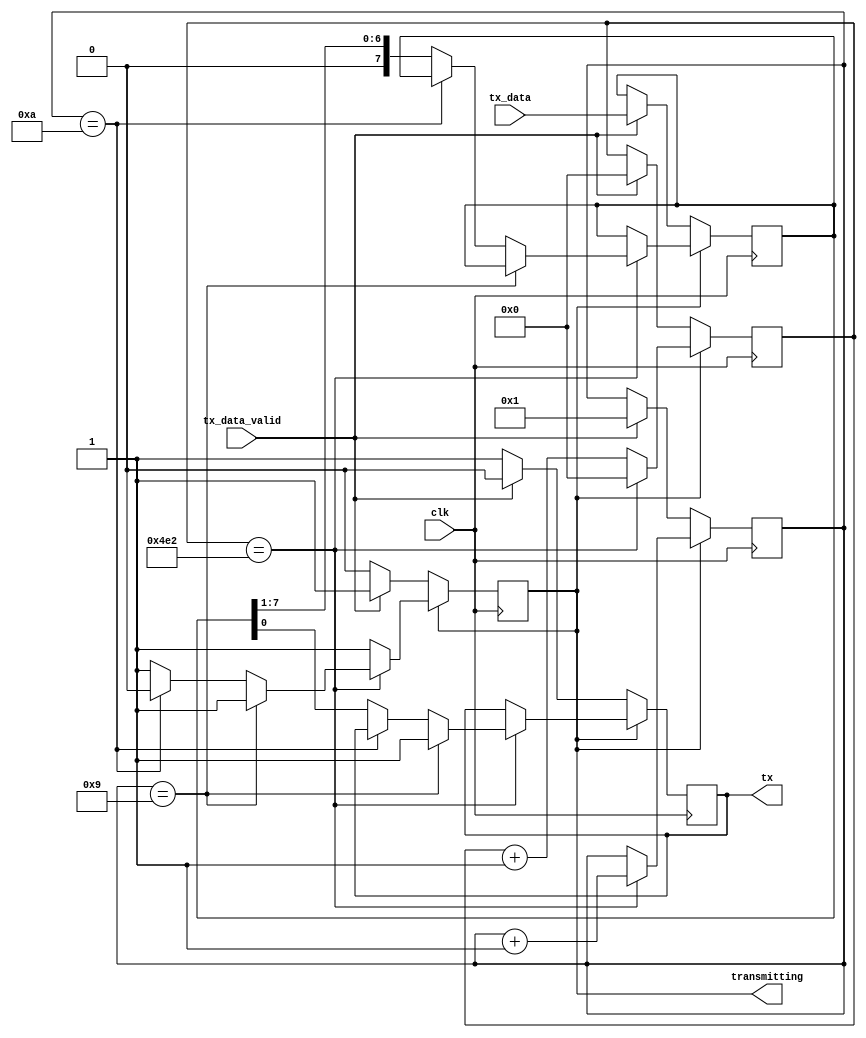
module uart_tx (
	input clk,
	input [7:0] tx_data,
	input tx_data_valid,
	output reg tx,
	output reg transmitting
);

parameter integer BAUD_RATE = 9600;
parameter integer CLK_FREQ_HZ = 12000000;
localparam integer BAUD_PERIOD_CYCLES = CLK_FREQ_HZ / BAUD_RATE;

reg [$clog2(BAUD_PERIOD_CYCLES):0] cycle_count = 0;
reg [3:0] bit_count = 0;
reg [7:0] data;

initial begin
	tx = 1;
	transmitting = 0;
end

always @(posedge clk) begin
	if (!transmitting) begin
		// keep tx high if not transmitting
		tx <= 1;
		if (tx_data_valid) begin
			data <= tx_data;
			bit_count <= 1;
			cycle_count <= 0;
			transmitting <= 1;
			// transmit start bit
			tx <= 0;
		end
	end else begin
		if (cycle_count == BAUD_PERIOD_CYCLES) begin
			// reached new bit transition
			cycle_count <= 0;
			bit_count <= bit_count + 1;
			if (bit_count == 9) begin
				// transmit stop bit
				tx <= 1;
			end else if (bit_count == 10) begin
				transmitting <= 0;
			end else begin
				tx <= data[0];
				data <= {1'b0, data[7:1]};
			end
		end else begin
			cycle_count <= cycle_count + 1;
		end
	end
end

endmodule